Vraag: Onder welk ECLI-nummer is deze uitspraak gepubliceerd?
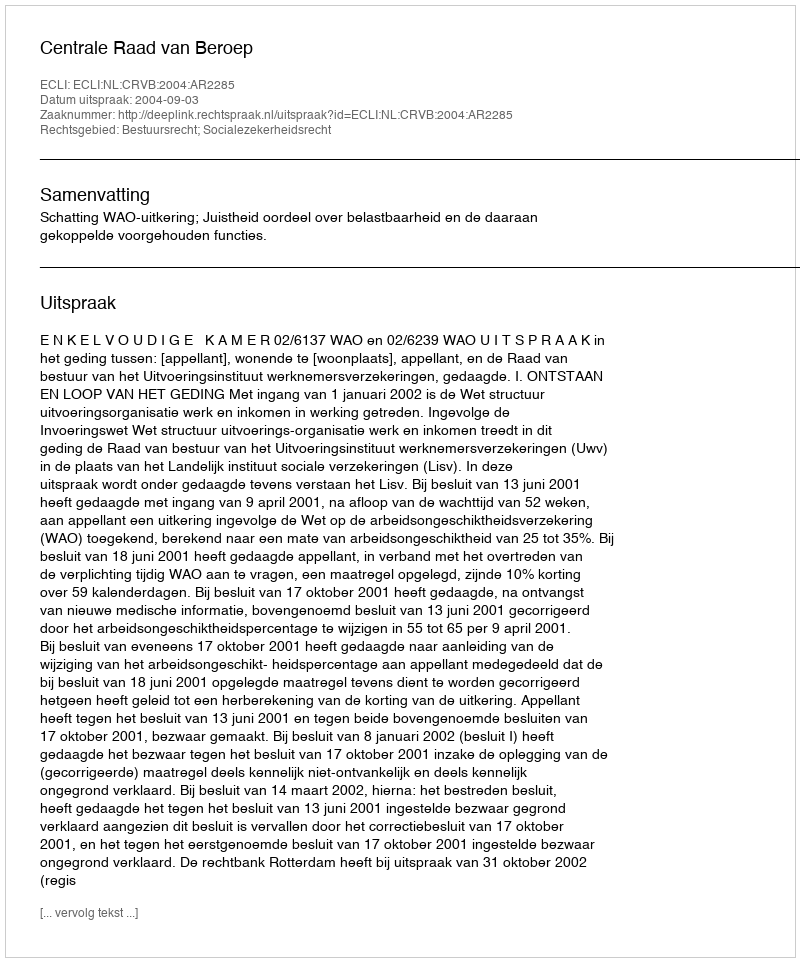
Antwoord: ECLI:NL:CRVB:2004:AR2285